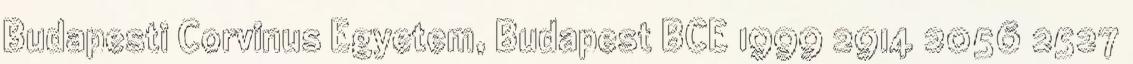
Budapesti Corvinus Egyetem, Budapest BCE 1999 2914 2056 2527